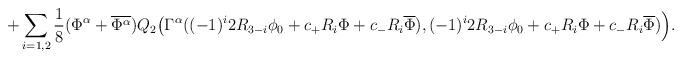
LaTeX: \begin{align*}+\sum_{i=1,2} \frac{1}{8}(\Phi^{\alpha} + \overline{\Phi^\alpha})Q_{2}\big(\Gamma^\alpha((-1)^{i}2R_{3-i} \phi_0 + c_{+}R_i\Phi + c_{-} R_i\overline{\Phi}),(-1)^{i}2R_{3-i} \phi_0 + c_{+}R_i\Phi+ c_{-} R_i\overline{\Phi} ) \Big).\end{align*}